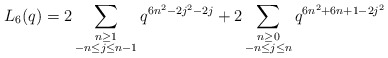
\begin{align*} L_{6}(q) = 2\sum_{\substack{n \geq 1 \\ -n \leq j \leq n-1}} q^{6n^2 - 2j^2 - 2j} + 2\sum_{\substack{n \geq 0 \\ -n \leq j \leq n}} q^{6n^2 + 6n + 1 - 2j^2}\end{align*}